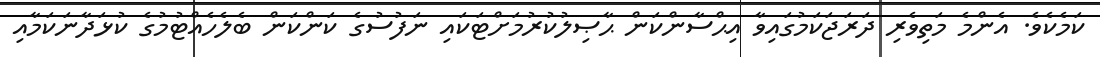
ކަމެކެވެ. އެންމެ މަތިވެރި ދަރަޖަކަމުގައިވާ އިޙްސާންކަން ޙާޞިލުކުރުމަށްޓަކައި ނަފުސުގެ ކަންކަން ބެލެހެއްޓުމުގެ ކުޅަދާނަކަމާއި